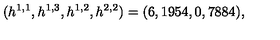
( h ^ { 1 , 1 } , h ^ { 1 , 3 } , h ^ { 1 , 2 } , h ^ { 2 , 2 } ) = ( 6 , 1 9 5 4 , 0 , 7 8 8 4 ) , \quad